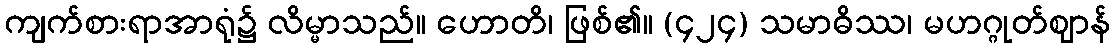
ကျက်စားရာအာရုံ၌ လိမ္မာသည်။ ဟောတိ၊ ဖြစ်၏။ (၄၂၄) သမာဓိဿ၊ မဟဂ္ဂုတ်ဈာန်